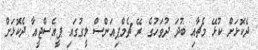
ދެކޮޅަށް ކުޅޭ މެޗާއި ބުދަ ދުވަހުގެ ރޭ ޗެމްޕިއަންސް ލީގުގައި ޕީއެސްޖީއާ ދެކޮޅަށް